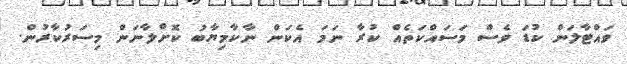
ވައްޓާލަން ކުޑަ ވެސް މަސައްކަތެއް ކުރާ ނަމަ އެކަން ނާކާމިޔާބު ކޮށްލާނަން މިސަރުކާރުން.